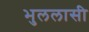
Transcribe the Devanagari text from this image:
भुललासी